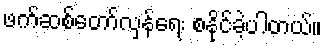
ဖက်ဆစ်တော်လှန်ရေး စနိုင်ခဲ့ပါတယ်။